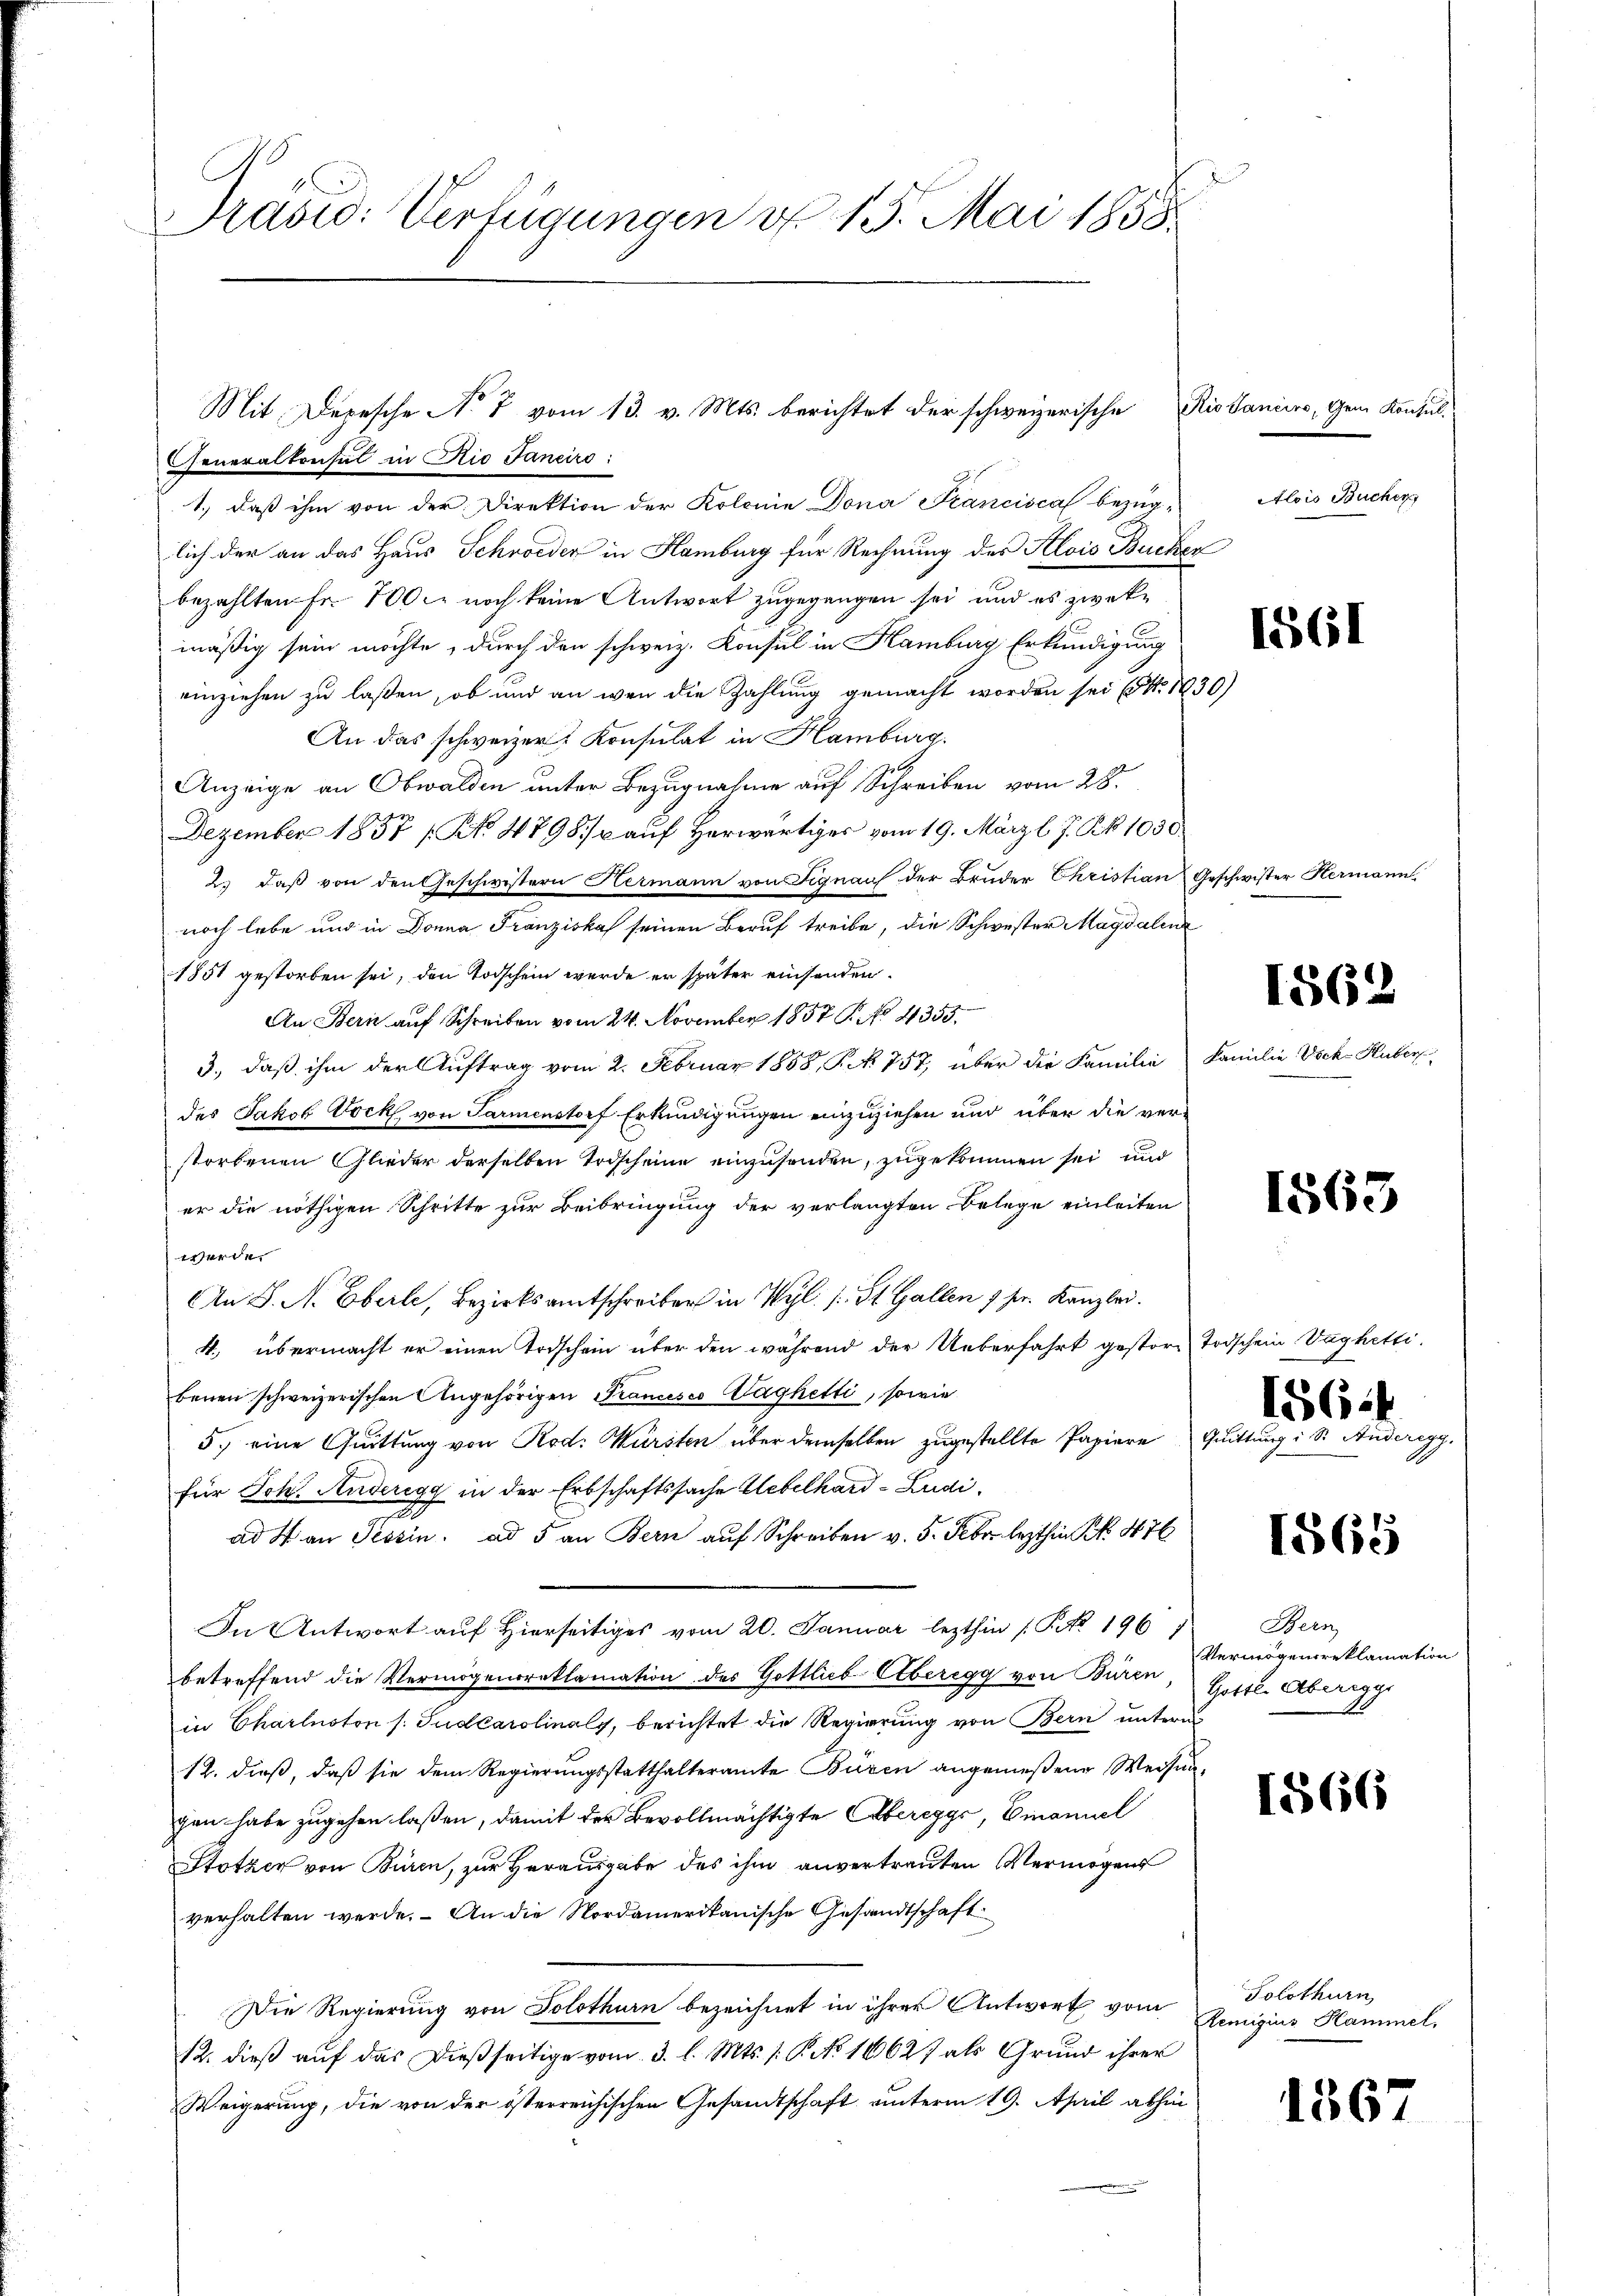
Prasi: Verfügungen d. 15. Mai 1858

GGeneralkonsul in Rio Janeiro
1.) daß ihm von der Direktion der Kolonie Dona Franciscal bezüg-
lich der an das Haus Schweder in Hamburg für Rechnung des Alois Buchen
bezahlten Fr. 700 er noch keine Antwort zugegangen sei, und es zwekmäßig sein möchte, durch den schweiz. Konsul in Hamburg Erkundigung
einziehen zu laßen, ob und an wen die Zahlung gemacht worden sei (S. 1830)
An das schweizer Konsulat in Hamburg.
Anzeige an Obwalden unter Bezugnahme auf Schreiben vom 28.
s
Dezember 1837 (No. 4798/2 auf Herwärtiges vom 19. März l. J. Rk. 1030.
2.) daß von den Geschwistern Hermann von Signau der Bruder Christian Geschwister Hermann
noch lebe und in Donna Franziska seinen Beruf treibe, die Schwester Magdalen
1851 gestorben sei, den Todschein werde er später einsenden.
An Bern auf Schreiben vom 24. November 1857. No 4355.
3., daß ihm der Auftrag vom 2. Februar 1858, P. Nr. 757, über die Familie Familie Vock-Huber
des Jakob Vock von Parmenstorf Erkundigungen einzuziehen und über die verstorbenen Glieder derselben Todscheine einzusenden, zugekommen sei und
er die nöthigen Schritte zur Beibringung der verlangten Belege einleiten
Werde.
An S. N. Eberle, Bezirksamtschreiber in Wyl /: St. Gallen 7 sr. Kanzlei.
4. übermacht er einen Todschein über den während der Ueberfahrt gestors Todschein Vaghetti.
benen schweizerischen Angehörigen Francisco Caghetti, sowie
5.) eine Quittung von Rod. Würsten über demselben zugestellte Papiere Quittung Sr. Anderegg.
für Joh. Anderegg in der Erbschaftssache Uebelhard-Ludiad 4 an Tessin. ad 5 an Bern auf Schreiben v. 5. Febr. lezthin No 476
In Antwort auf Hierseitiges vom 20. Januar lezthin (PNNo. 1967
betreffend die Vermögensreklamation des Gottlieb Etberegg von Büren
in Charlnoton s. Gudcarolinaly, berichtet die Regierung von Bern untern
12. dieß, daß sie dem Regierungsstatthalteramte Büren angemeßene Weisun
gen habe zugehen laßen, damit der Bevollmächtigte Alberegge, Einamil
Stötzer von Büren, zur Herausgabe des ihm anvertrauten Vermögens
verhalten werde. An die Nordamerikanische Gesandtschaft
Die Regierung von Solothurn bezeichnet in ihrer Antwort vom
12. dieß auf das dießseitige vom 3. l. Mts. 1. P. No 16627 als Grund ihrer
Weigerung, die von der österreichischen Gesandtschaft unterm 19. April abhin

Mit Depesche No 7 vom 13. v. Mts. berichtet der schweizerische Rissaniiro, Gem. Kontul¬

Alois Bucher

1561

1562

1563

1564

1565

Bern
Vermögensreklamation
Gottl. Aberegge

1566

Solothurn
Remigius Hammel,

1567